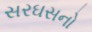
સરઘસનો